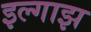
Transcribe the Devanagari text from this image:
इल्गाझ